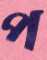
প